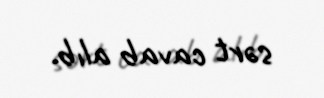
sərt cavab alıb.